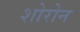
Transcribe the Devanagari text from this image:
शोरोन